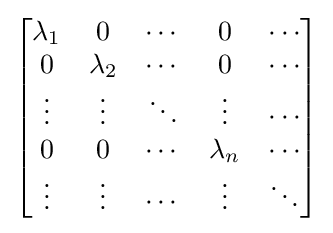
{\begin{bmatrix}\lambda _{1}&0&\cdots &0&\cdots \\0&\lambda _{2}&\cdots &0&\cdots \\\vdots &\vdots &\ddots &\vdots &\cdots \\0&0&\cdots &\lambda _{n}&\cdots \\\vdots &\vdots &\cdots &\vdots &\ddots \end{bmatrix}}